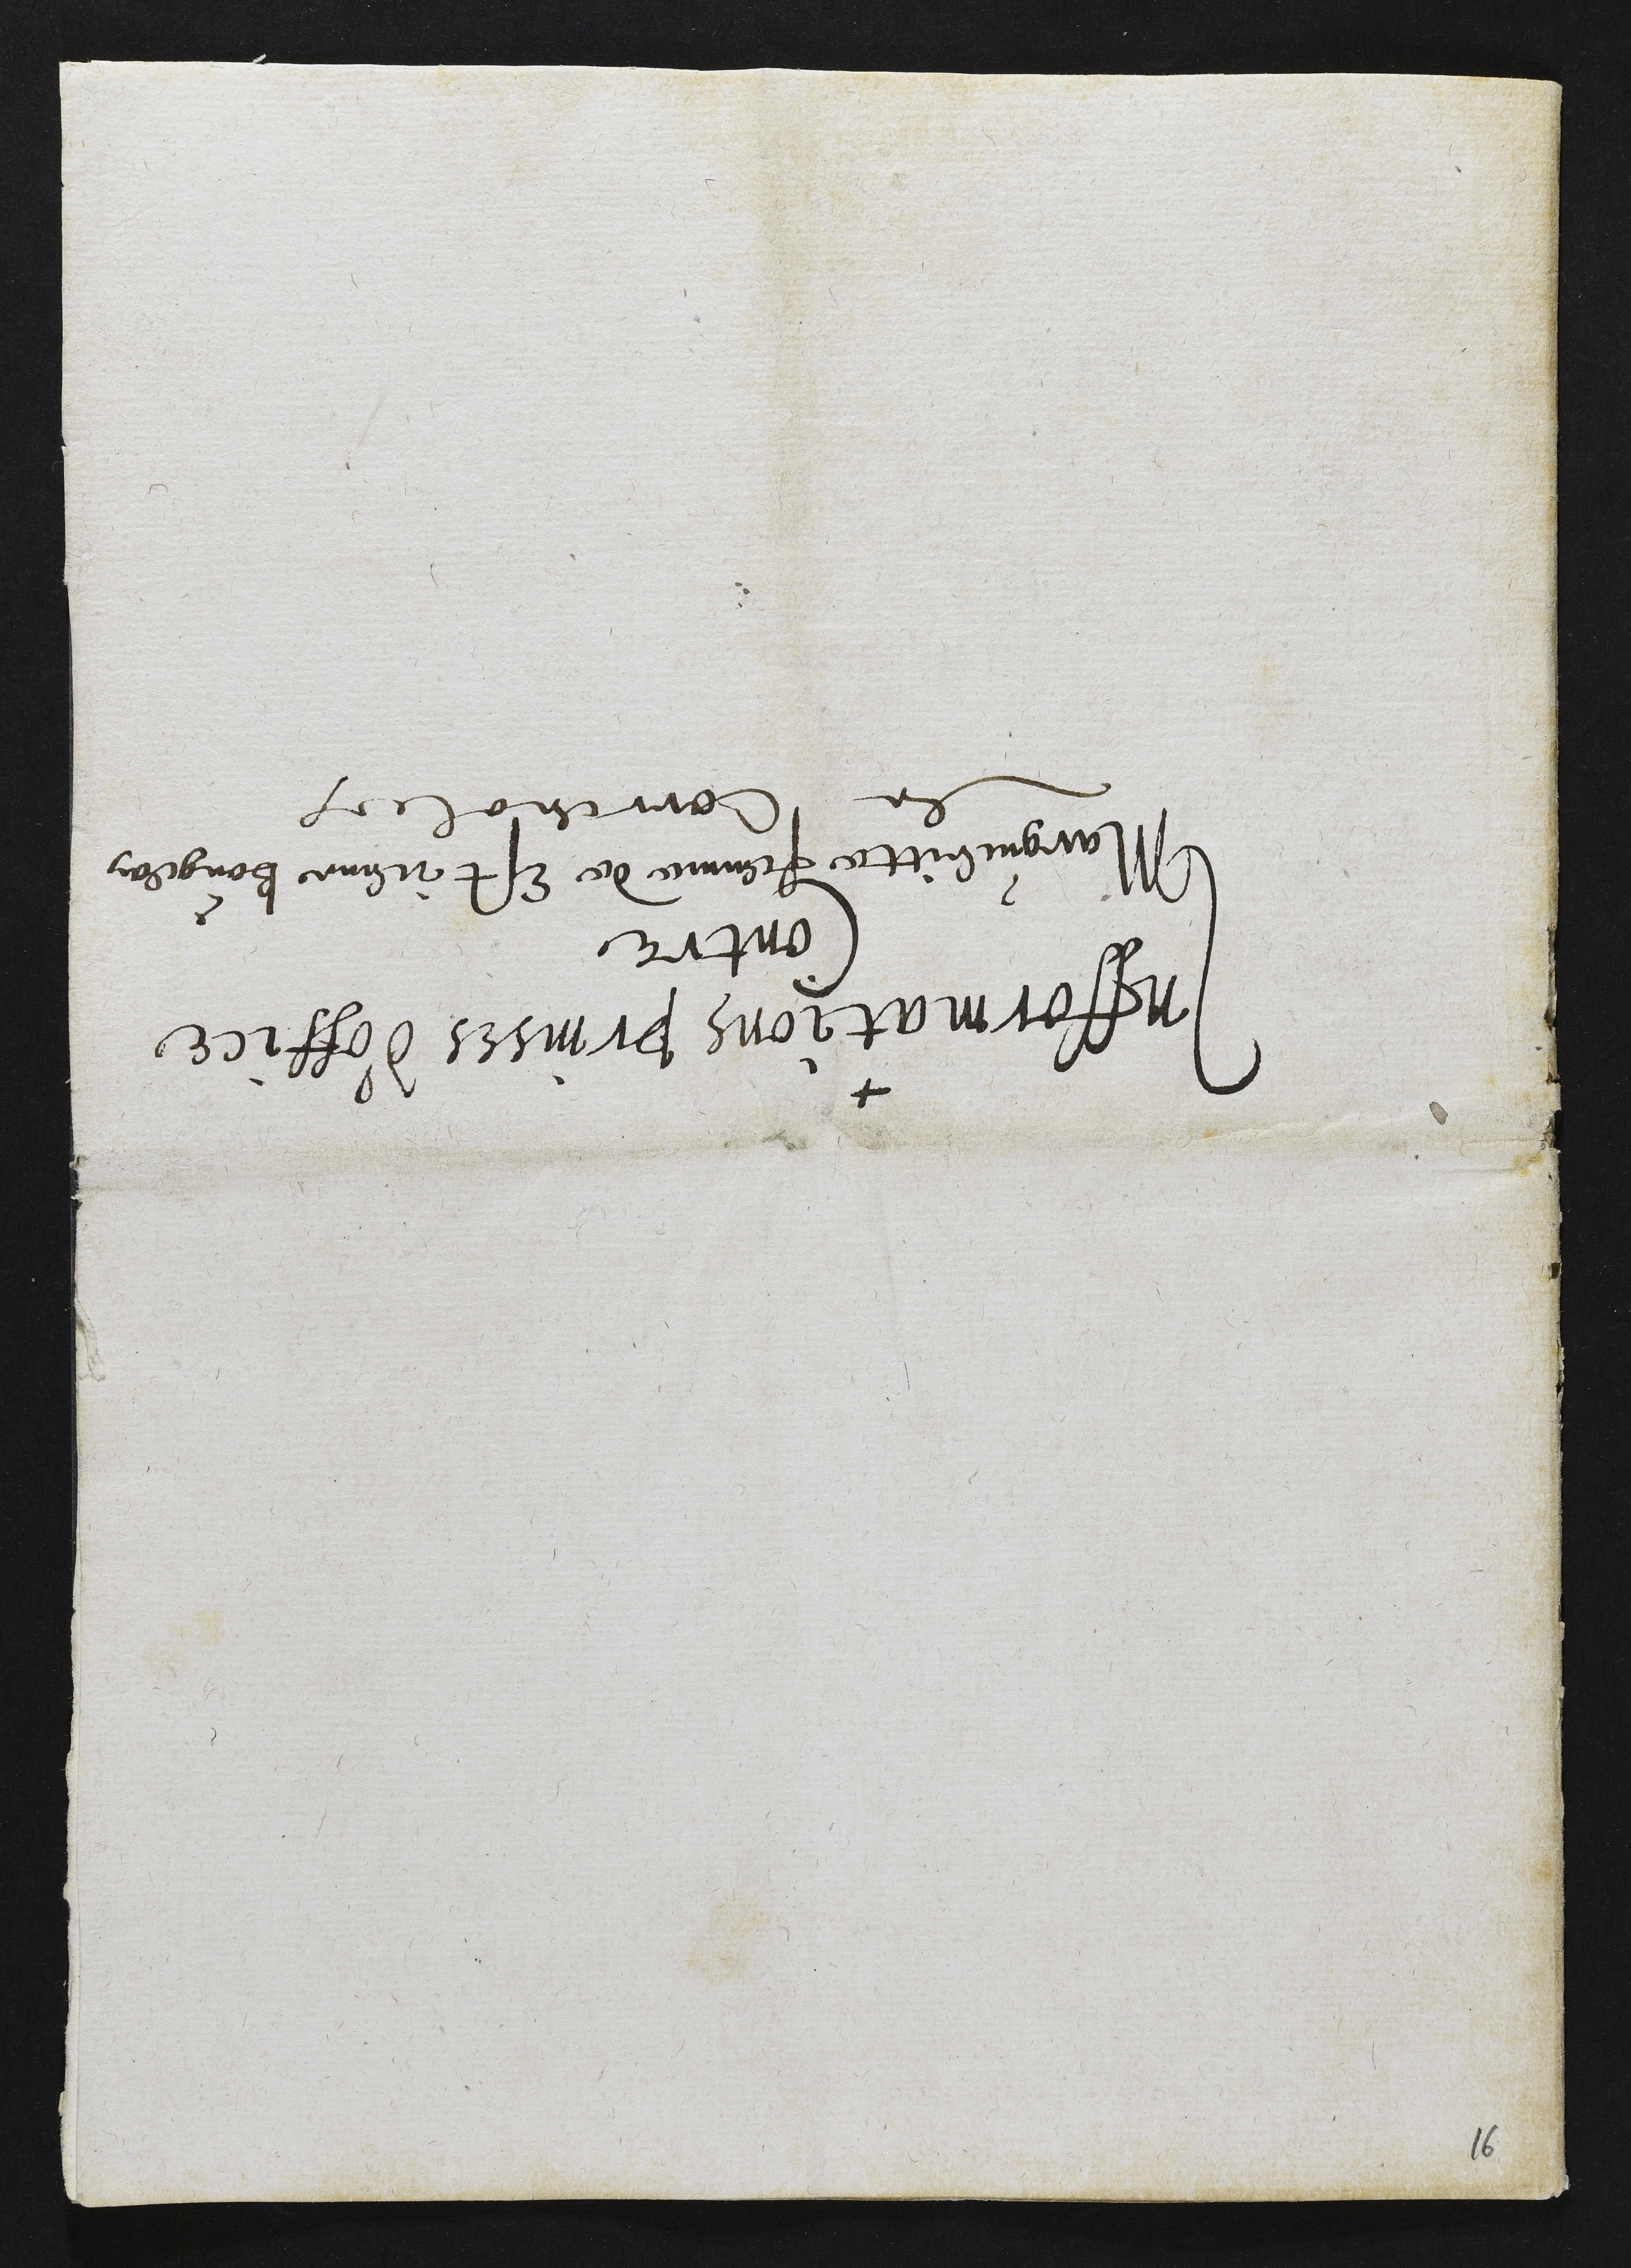
Infformations prinses d'office
Contre
Margueritte femme de Estienne Bougean
de Correnol.

16